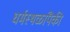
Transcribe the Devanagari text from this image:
धर्मस्थळांपैकी